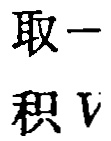
取一
积 \(V\)